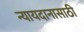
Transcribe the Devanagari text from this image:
न्यायदानासाठी